65_HS1-834228961_62-HQ-83894_Section_3
Agency: FBI
Page 177
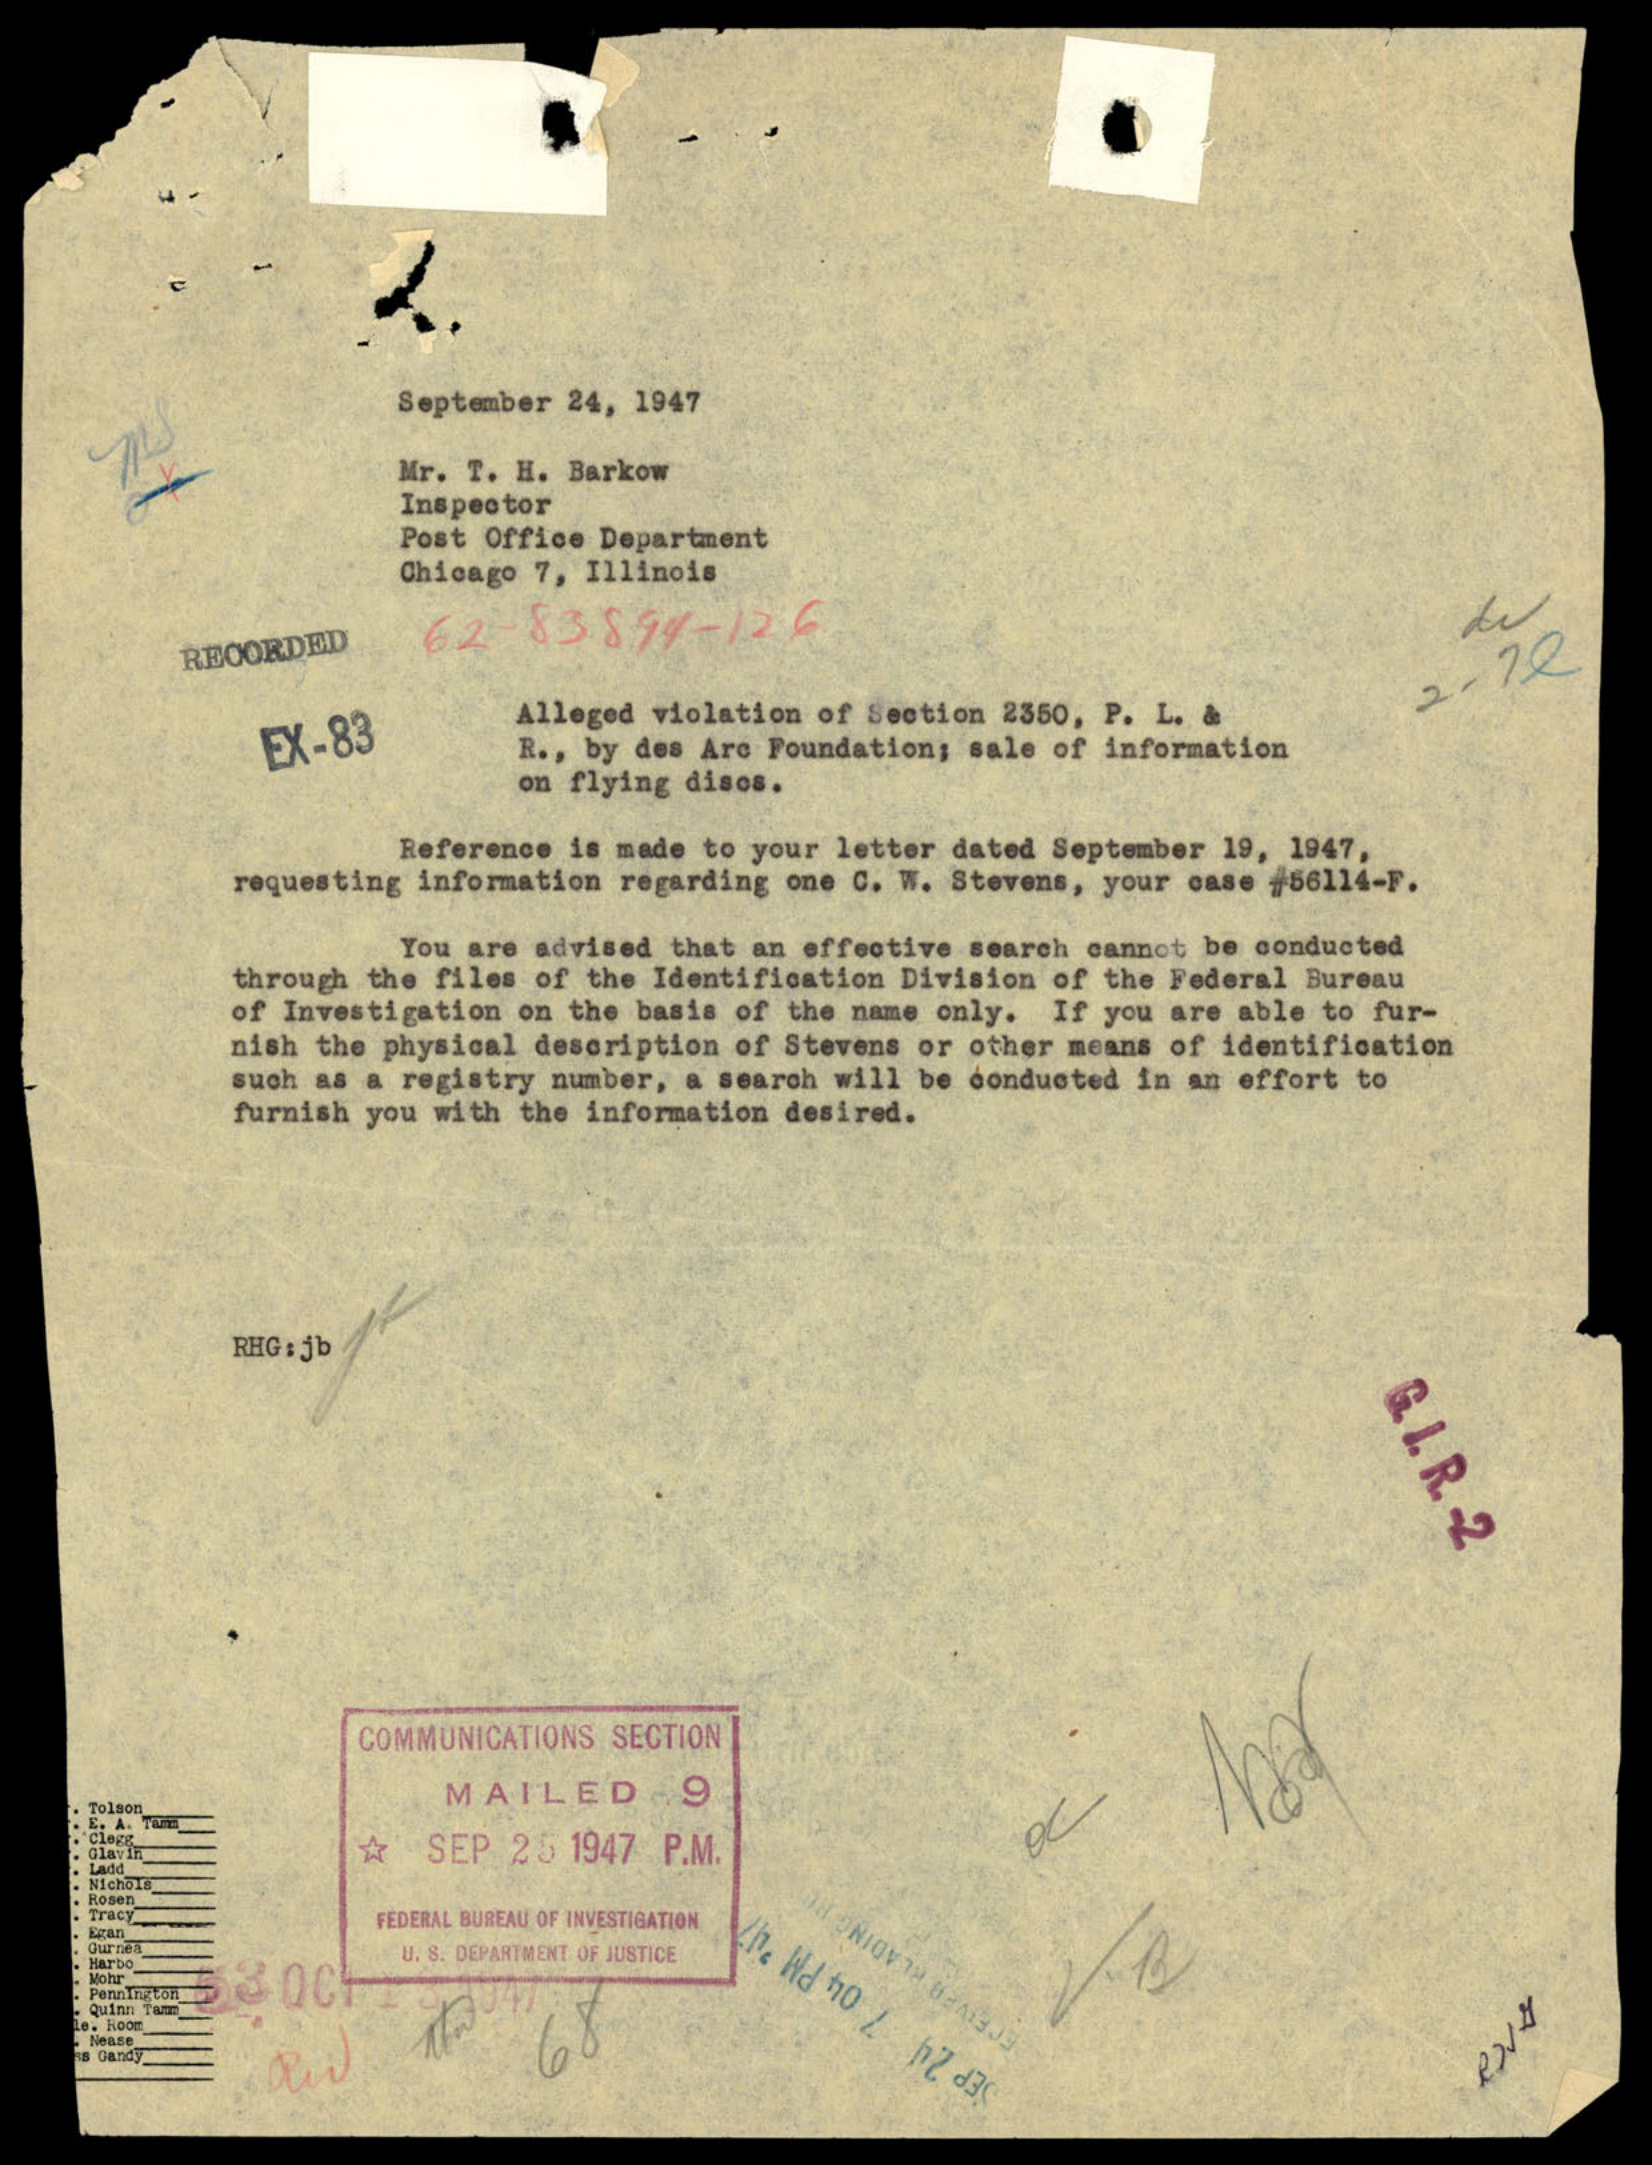